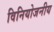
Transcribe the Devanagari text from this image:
विनियोजनीय